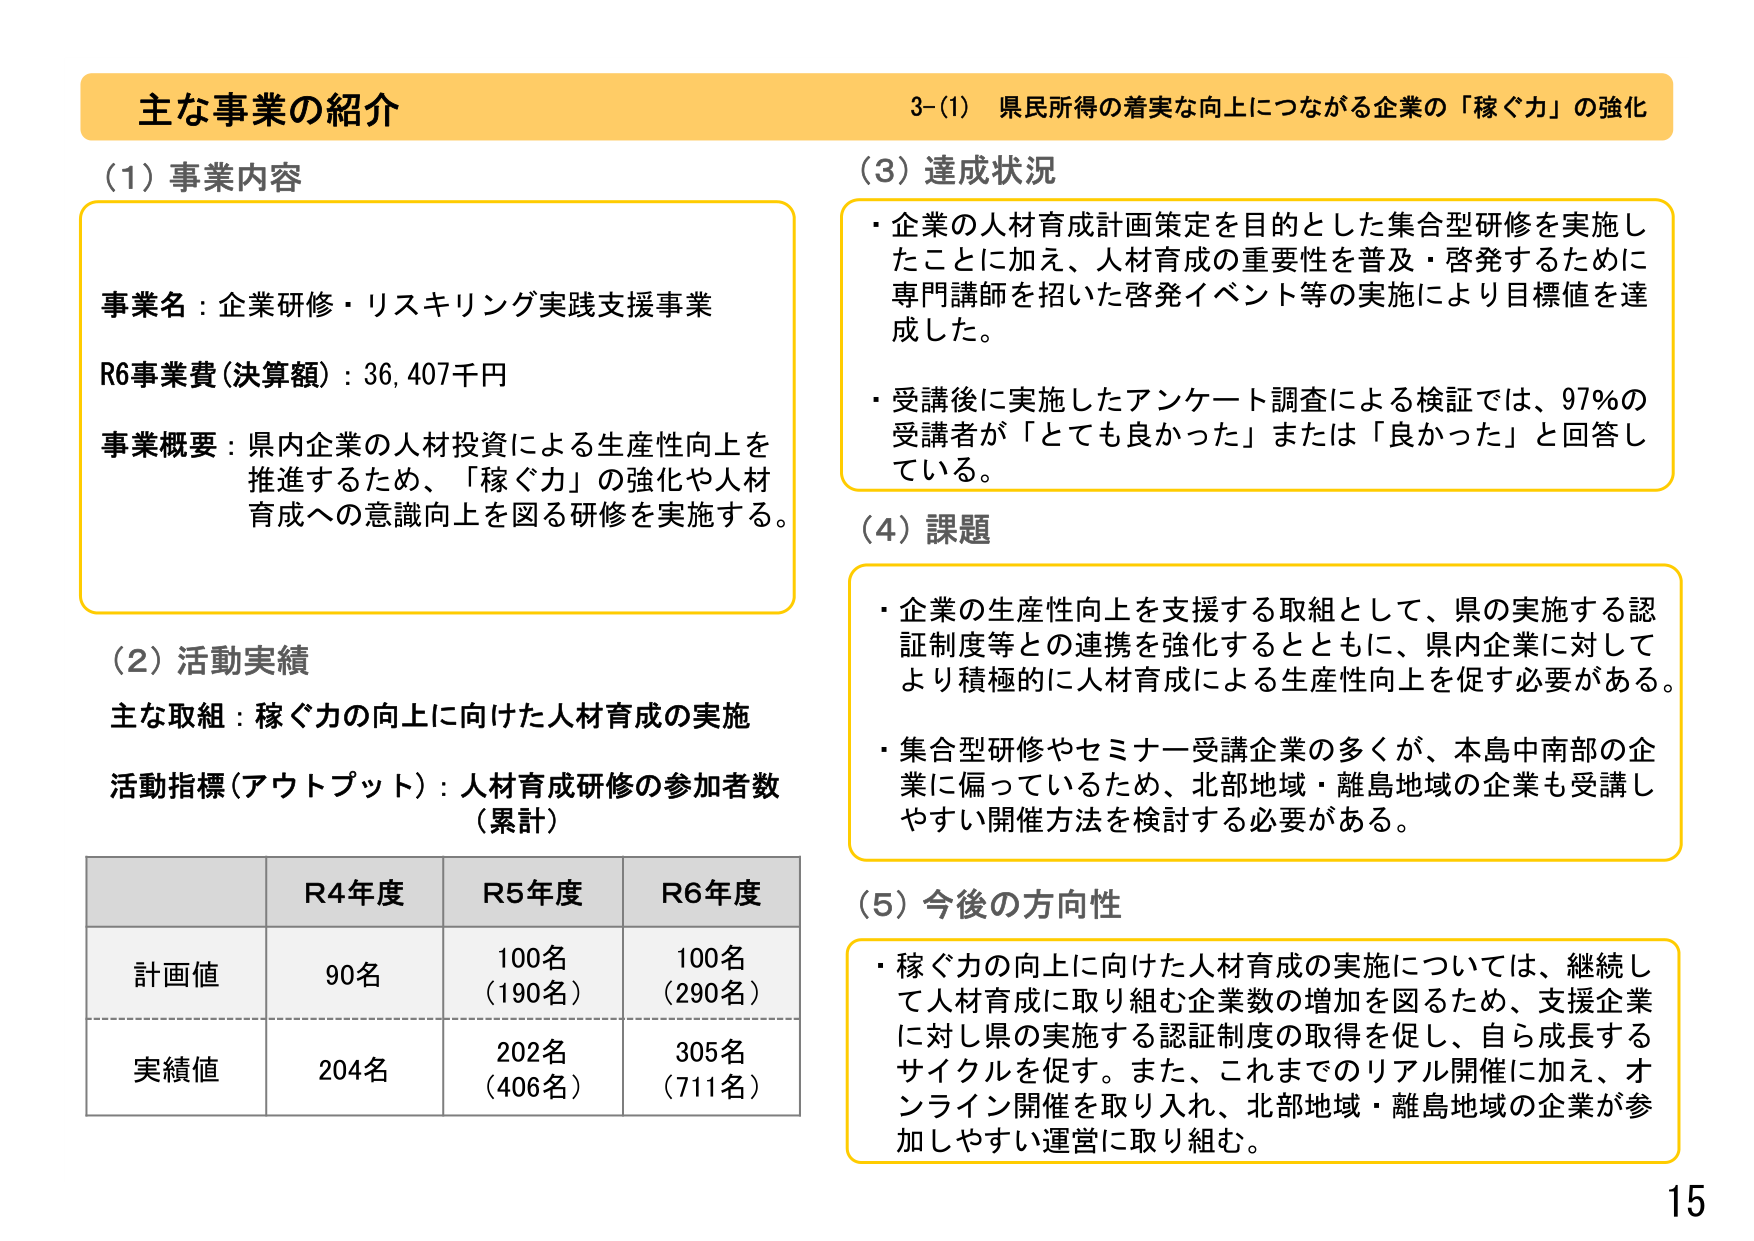
主な事業の紹介
3-(1) 県民所得の着実な向上につながる企業の「稼ぐ力」の強化

(1) 事業内容
事業名：企業研修・リスキリング実践支援事業
R6事業費（決算額）：36,407千円
事業概要：県内企業の人材投資による生産性向上を推進するため、「稼ぐ力」の強化や人材育成への意識向上を図る研修を実施する。

(2) 活動実績
主な取組：稼ぐ力の向上に向けた人材育成の実施
活動指標（アウトプット）：人材育成研修の参加者数（累計）

R4年度 R5年度 R6年度
計画値 90名 100名（190名） 100名（290名）
実績値 204名 202名（406名） 305名（711名）

(3) 達成状況
・企業の人材育成計画策定を目的とした集合型研修を実施したことに加え、人材育成の重要性を普及・啓発するために専門講師を招いた啓発イベント等の実施により目標値を達成した。
・受講後に実施したアンケート調査による検証では、97％の受講者が「とても良かった」または「良かった」と回答している。

(4) 課題
・企業の生産性向上を支援する取組として、県の実施する認証制度等との連携を強化するとともに、県内企業に対してより積極的に人材育成による生産性向上を促す必要がある。
・集合型研修やセミナー受講企業の多くが、本島中南部の企業に偏っているため、北部地域・離島地域の企業も受講しやすい開催方法を検討する必要がある。

(5) 今後の方向性
・稼ぐ力の向上に向けた人材育成の実施については、継続して人材育成に取り組む企業数の増加を図るため、支援企業に対し県の実施する認証制度の取得を促し、自ら成長するサイクルを促す。また、これまでのリアル開催に加え、オンライン開催を取り入れ、北部地域・離島地域の企業が参加しやすい運営に取り組む。

15